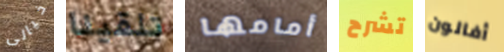
خيالى تلقينا أمامها تشرح أفالون